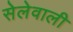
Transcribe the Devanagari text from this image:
सेलेवाली